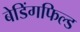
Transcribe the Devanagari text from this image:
बेडिंगफिल्ड